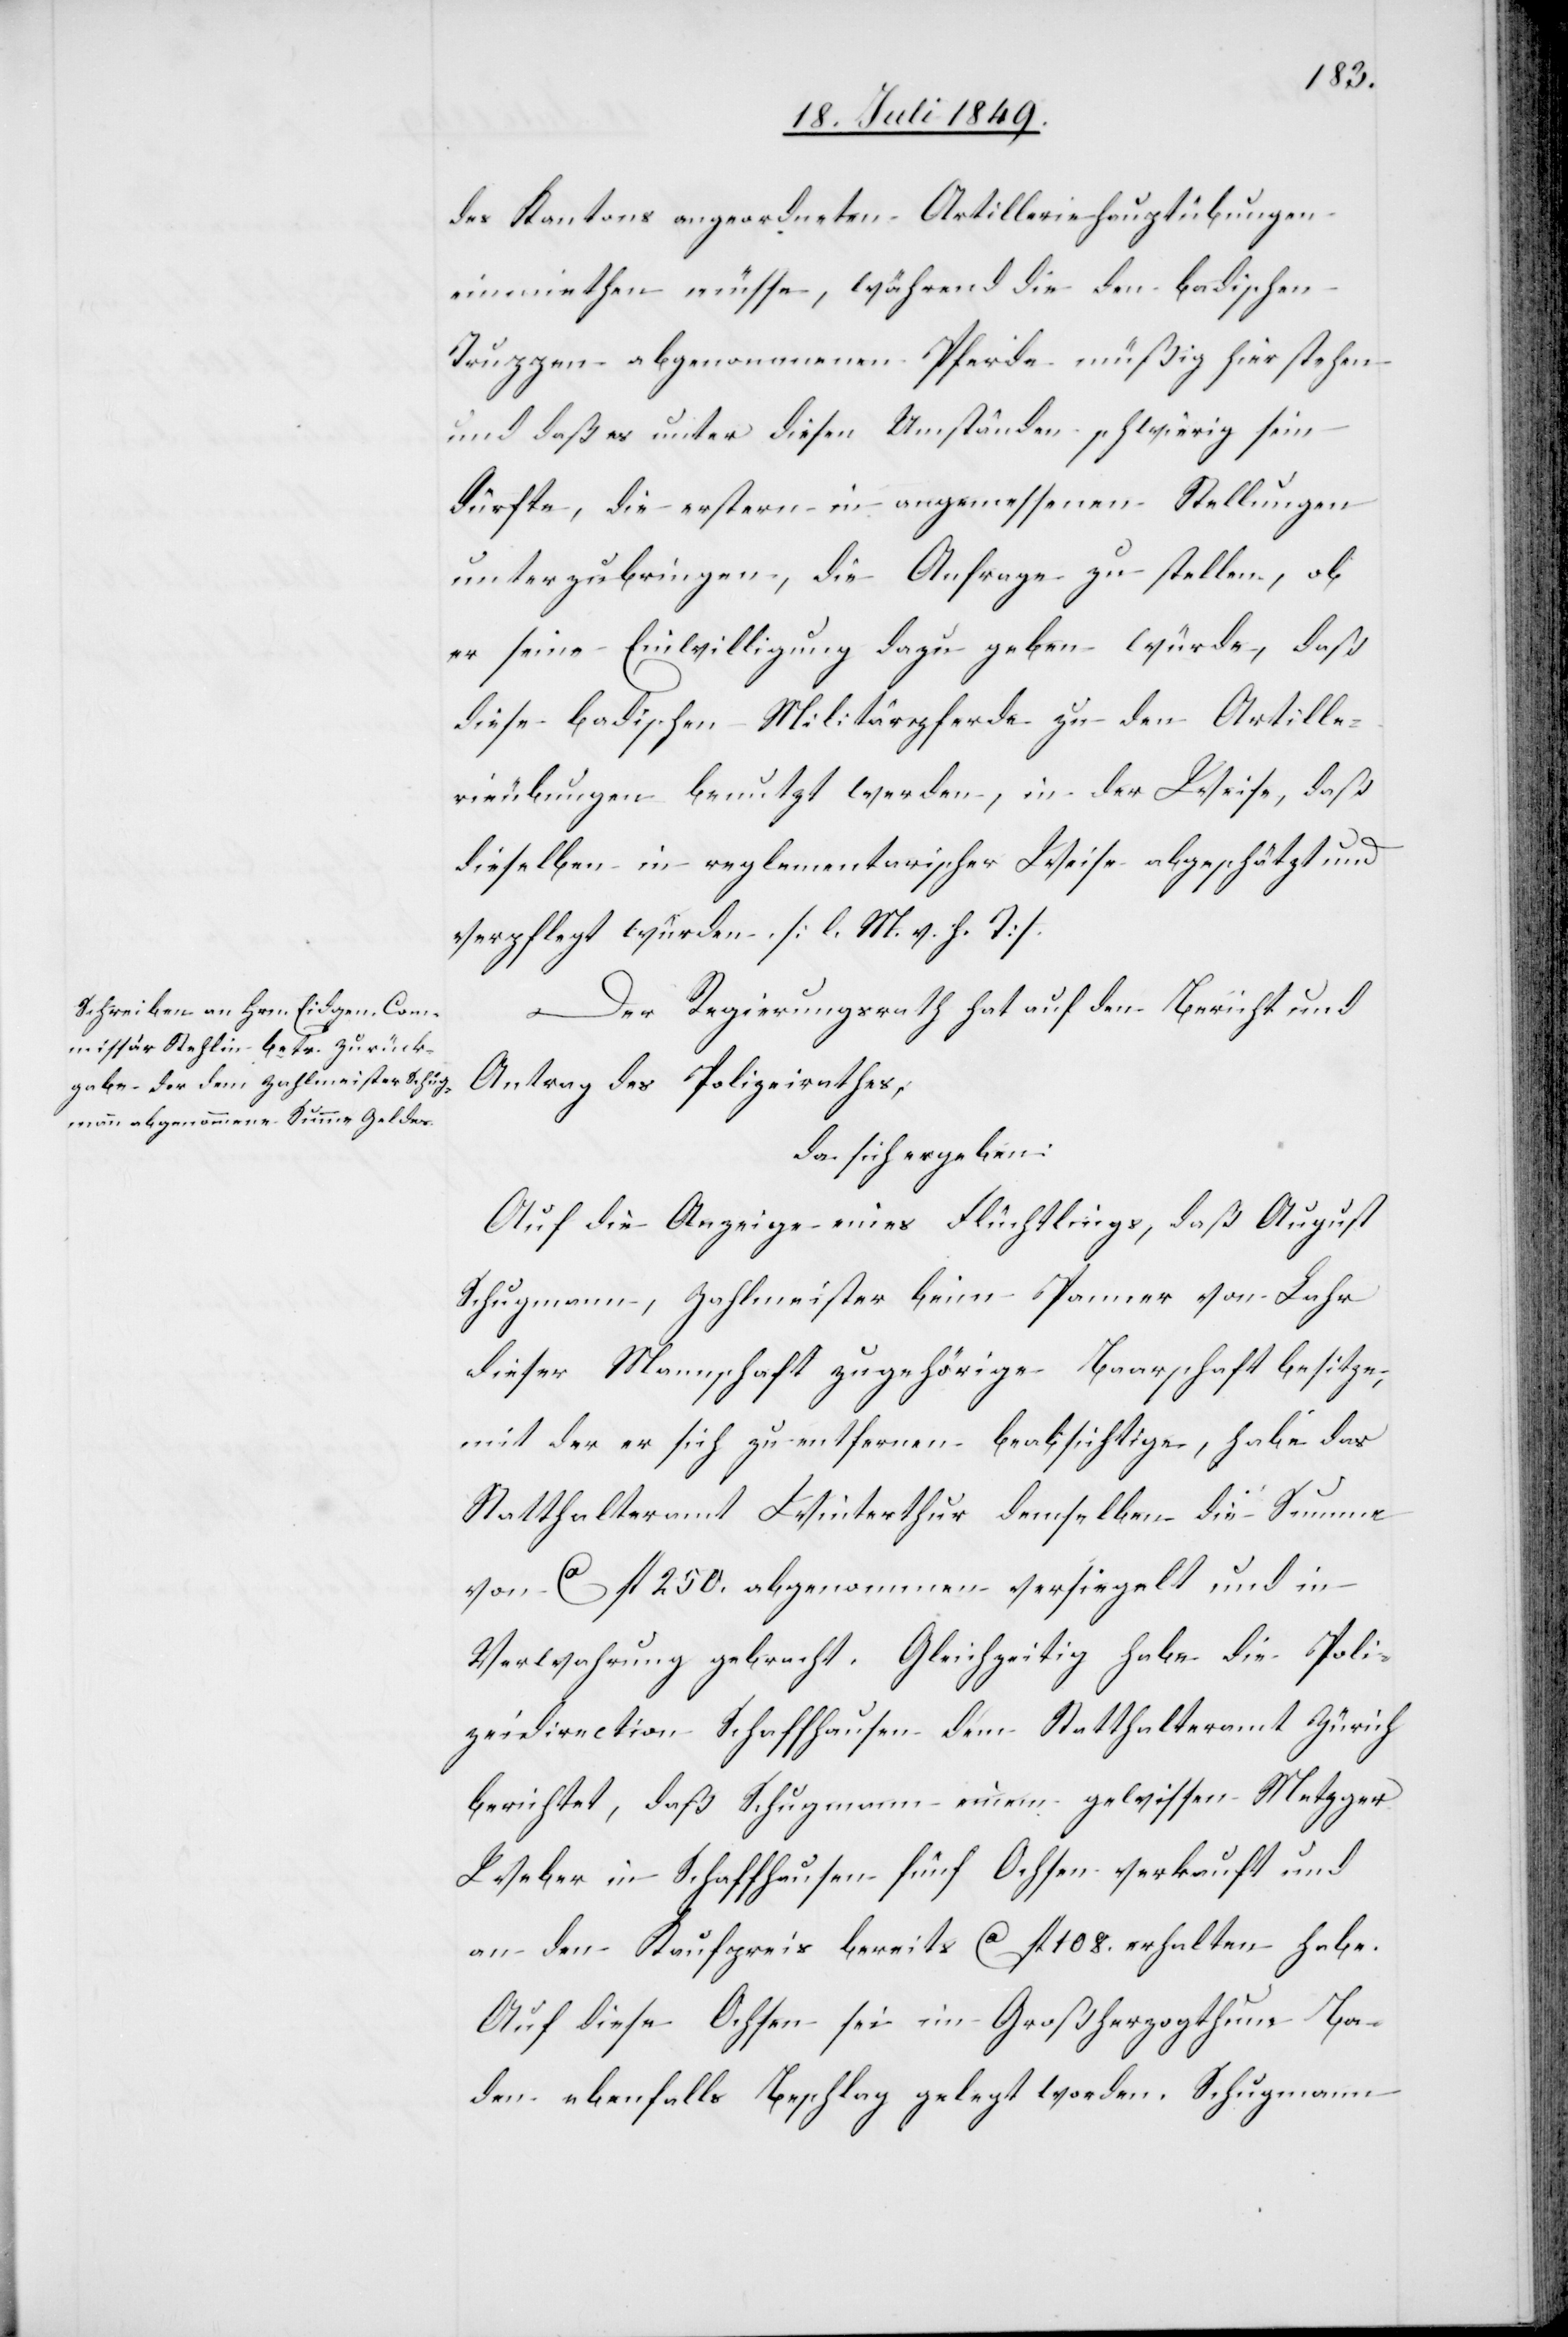
des Kantons angeordneten Artilleriehauptübungen
einmiethen müsse, während die den badischen
Truppen abgenommenen Pferde müßig hier stehen
und daß es unter diesen Umständen schwierig sein
dürfte, die erstern in angemessenen Stellungen
unterzubringen, die Anfrage zu stellen, ob
er seine Einwilligung dazu geben würde, daß
diese badischen Militärpferde zu den Artille¬
rieübungen benutzt werden, in der Weise, daß
dieselben in reglementarischer Weise abgeschätzt und
verpflegt würden. [l. M. v. h. T]
Der Regierungsrath hat auf den Bericht und
Antrag des Polizeirathes,
da sich ergeben:
Auf die Anzeige eines Flüchtlings, daß August
Schupmann, Zahlmeister beim Spanner von Lahr
dieser Mannschaft zugehörige Baarschaft besitze,
mit der er sich zu entfernen beabsichtige, habe das
Statthalteramt Winterthur demselben die Summe
von ca fl. 250. abgenommen versiegelt und in
Verwahrung gebracht. Gleichzeitig habe die Poli¬
zeidirection Schaffhausen dem Statthalteramt Zürich
berichtet, daß Schupmann einem gewissen Metzger
Weber in Schaffhausen fünf Ochsen verkauft und
an den Kaufpreis bereits ca fl. 108. erhalten habe.
Auf diese Ochsen sei im Großherzogthum Ba¬
den ebenfalls Beschlag gelegt worden. Schupmann